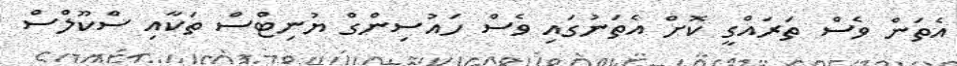
އެތަން ވެސް ތަރައްގީ ކޮށް އެތަނުގައި ވެސް ހައުސިންގް ޔުނިޓްސް ތަކާއި ސްކޫލްސް